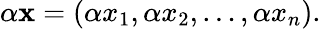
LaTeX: \alpha\mathbf{x}=(\alpha x_{1},\alpha x_{2},\ldots,\alpha x_{n}).